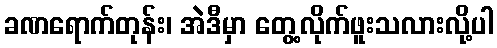
ခဏရောက်တုန်း၊ အဲဒီမှာ တွေ့လိုက်ဖူးသလားလို့ပါ